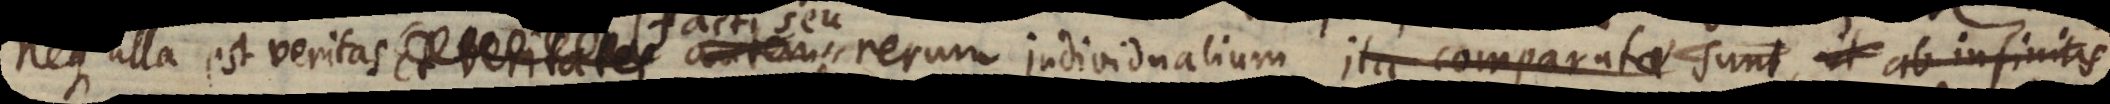
tates autem, et veritates rerum individualium ita comparatae sunt, ut ab infinitis